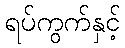
ရပ်ကွက်နှင့်